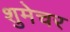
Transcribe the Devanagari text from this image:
शुमेचर